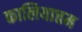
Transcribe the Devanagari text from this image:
कालियात्तम